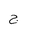
Letter: _gim